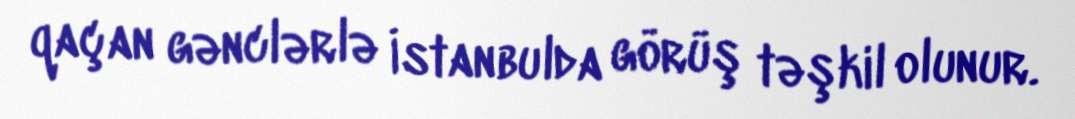
qaçan gənclərlə İstanbulda görüş təşkil olunur.